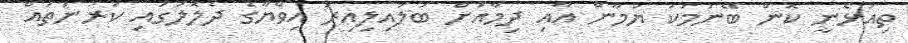
ތިއުޅެނީ ކޮން ބޭނުމަކު ޔުމާން އާއި ދިމާއަށް ބަލައިލިއިރު އިވްޔާގެ ދެލޮލުގައި ކަރުނަތައް